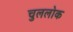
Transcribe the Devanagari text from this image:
चुललोक